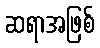
ဆရာအဖြစ်